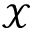
\mathcal { X }